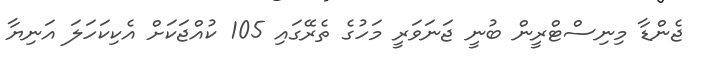
ޖެންޑާ މިނިސްޓްރީން ބުނީ ޖަނަވަރީ މަހުގެ ތެރޭގައި 105 ކުއްޖަކަށް އެކިކަހަލަ އަނިޔާ